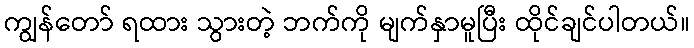
ကျွန်တော် ရထား သွားတဲ့ ဘက်ကို မျက်နှာမူပြီး ထိုင်ချင်ပါတယ်။